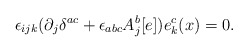
\begin{align*}\epsilon_{ijk}(\partial_{j}\delta^{ac}+\epsilon_{abc}A_{j}^{b}[e])e_{k}^{c}(x)=0.\end{align*}